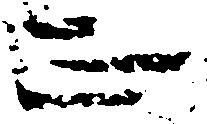
正